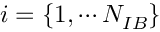
i = \{ 1 , \cdots N _ { I B } \}